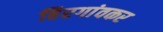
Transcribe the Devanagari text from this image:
हिरगांवकर